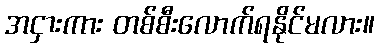
အငှားကား တစ်စီးလောက်ရနိုင်မလား။